Annual report of the Bengal Veterinary College and of the Civil Veterinary Department, Bengal, for the year 1918-19 - 1918-1919
Year: 1918
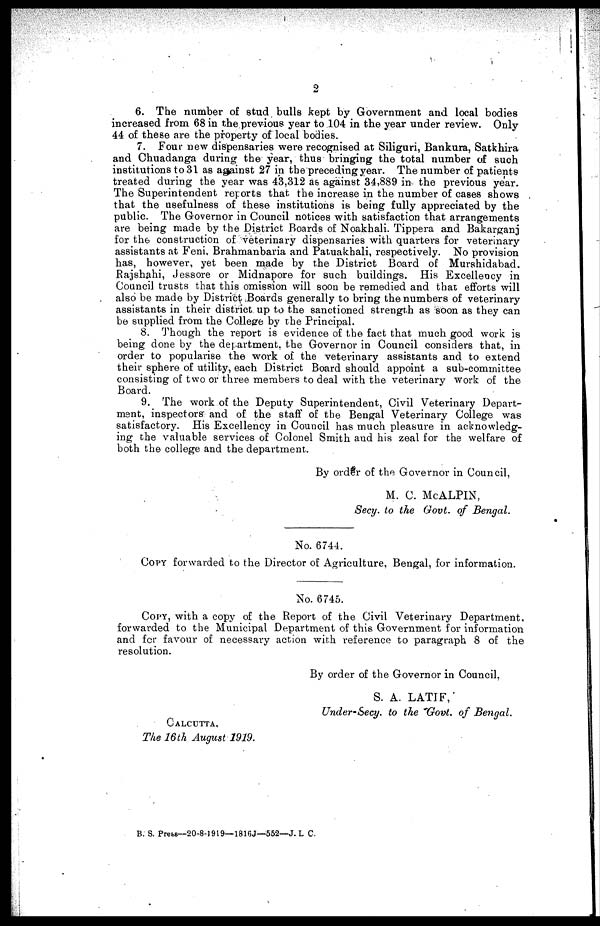
2
6. The number of stud bulls kept by Government and local bodies
increased from 68 in the previous year to 104 in the year under review. Only
44 of these are the property of local bodies.
7. Four new dispensaries were recognised at Siliguri, Bankura, Satkhira
and Chuadanga during the year, thus bringing the total number of such
institutions to 31 as against 27 in the preceding year. The number of patients
treated during the year was 43,312 as against 34,889 in the previous year.
The Superintendent reports that the increase in the number of cases shows
that the usefulness of these institutions is being fully appreciated by the
public. The Governor in Council notices with satisfaction that arrangements
are being made by the District Boards of Noakhali. Tippera and Bakarganj
for the construction of veterinary dispensaries with quarters for veterinary
assistants at Feni. Brahmanbaria and Patuakhali, respectively. No provision
has, however, yet been made by the District Board of Murshidabad,
Rajshahi, Jessore or Midnapore for such buildings. His Excellency in
Council trusts that this omission will soon be remedied and that efforts will
also be made by District Boards generally to bring the numbers of veterinary
assistants in their district up to the sanctioned strength as soon as they can
be supplied from the College by the Principal.
8. Though the report is evidence of the fact that much good work is
being done by the department, the Governor in Council considers that, in
order to popularise the work of the veterinary assistants and to extend
their sphere of utility, each District Board should appoint a sub-committee
consisting of two or three members to deal with the veterinary work of the
Board.
9. The work of the Deputy Superintendent, Civil Veterinary Depart-
ment, inspectors and of the staff of the Bengal Veterinary College was
satisfactory. His Excellency in Council has much pleasure in acknowledg-
ing the valuable services of Colonel Smith and his zeal for the welfare of
both the college and the department.
By order of the Governor in Council,
M. C. McALPIN,
Secy. to the Govt. of Bengal.
No. 6744.
COPY forwarded to the Director of Agriculture, Bengal, for information.
No. 6745.
COPY, with a copy of the Report of the Civil Veterinary Department,
forwarded to the Municipal Department of this Government for information
and for favour of necessary action with reference to paragraph 8 of the
resolution.
By order of the Governor in Council.
S. A. LATIF,
Under-Secy. to the Govt. of Bengal.
CALCUTTA,
The 16th August 1919.
B. S. Press--20-8-1919—1816J—552—J. L C.